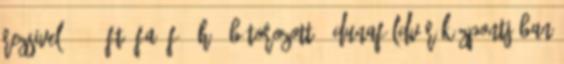
rezsivel 30000 Ft ÁFA fő hó. Bútorozott . Dunaföldvár központjában